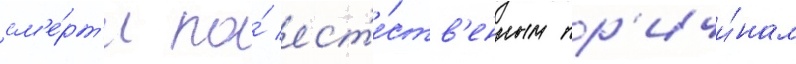
см'е́рт'и по́ ест'е́ств'енным пр'ичи́нам